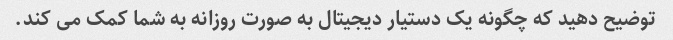
توضیح دهید که چگونه یک دستیار دیجیتال به صورت روزانه به شما کمک می کند.